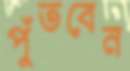
পুঁতবেন